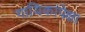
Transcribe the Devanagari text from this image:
गायिकांपेक्षा